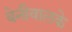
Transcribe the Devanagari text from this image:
बेनीवालके